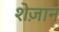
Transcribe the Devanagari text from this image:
शेज़ान